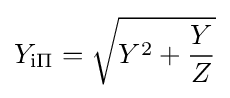
Y_{\mathrm {i\Pi } }={\sqrt {Y^{2}+{\frac {Y}{Z}}}}